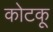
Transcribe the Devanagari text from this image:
कोटकू